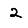
Digit: 2